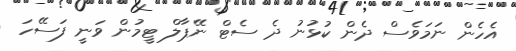
އެހެން ނަމަވެސް ދެން ކުޅުނު ދެ ސެޓް ނޭޕާލް ޓީމުން ވަނީ ފަސޭހަ